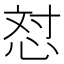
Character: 𪫼